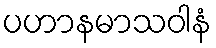
ပဟာနမာသဝါနံ